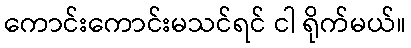
ကောင်းကောင်းမသင်ရင် ငါ ရိုက်မယ်။